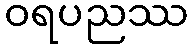
ဝရပညဿ